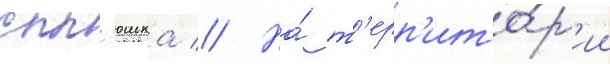
спл'юшка // На́ т'ерр'ито́р'ии